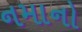
નમાનો